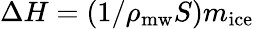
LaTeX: \Delta H=(1/\rho_{\mathrm{mw}}S)m_{\mathrm{ice}}